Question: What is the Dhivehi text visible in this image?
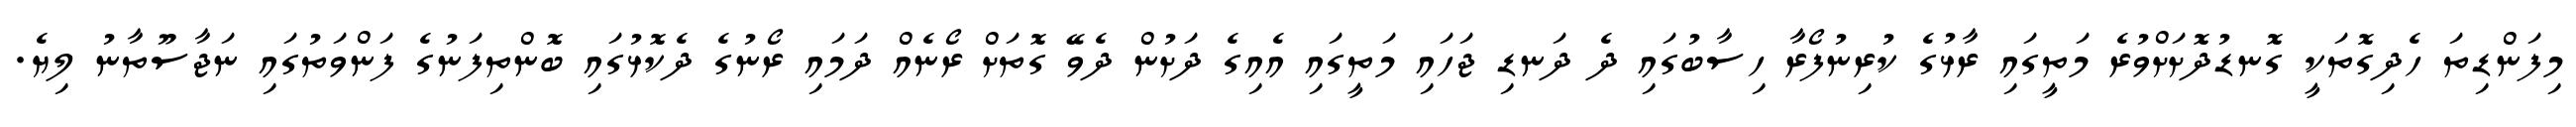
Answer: މިފަންޑިތަ ހެދިގޮތަކީ ގޮނޑުދޮށަށްވުރެ މަތީގައި ރާޅުގެ ކުރިނުފޯރާ ހިސާބުގައި ދެ ދަނޑި ޖަހައި މަތީގައި އެއިގެ ދަށުން ދެވޭ ގޮތަށް ރޯނެއް ދަމައި ރޯނުގެ ދެކޮޅުގައި ބޮންތިފަނުގެ ފަންވަތުގައި ނަޖާސޫތާނު ލިޔެ.